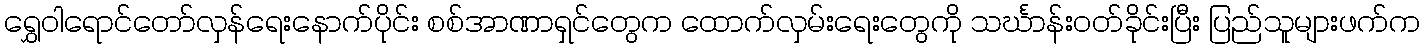
ရွှေဝါရောင်တော်လှန်ရေးနောက်ပိုင်း စစ်အာဏာရှင်တွေက ထောက်လှမ်းရေးတွေကို သင်္ဃာန်းဝတ်ခိုင်းပြီး ပြည်သူများဖက်က